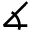
\measuredangle